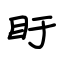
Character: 盱